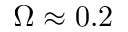
\Omega \approx 0 . 2